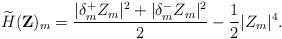
LaTeX: \begin{align*}\widetilde{H}(\mathbf Z)_m=\frac{|\delta_m^+Z_m|^2+|\delta_m^-Z_m|^2}2-\frac{1}2|Z_m|^4.\end{align*}